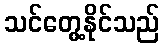
သင်တွေ့နိုင်သည်